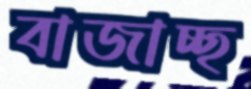
বাজাচ্ছ